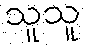
သူသူ